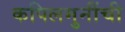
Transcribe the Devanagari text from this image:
कपिलमुनींची